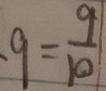
9 = \frac { 9 } { 1 0 }